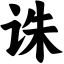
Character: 诛